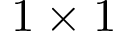
1 \times 1